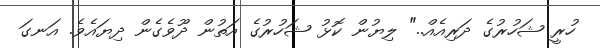
ހުރީ ޝަހުރުގެ ދަރިއެއް.." ލިޔުން ކޮޅު ޝަހުރުގެ އަތުން ދޫވެގެން ދިޔައެވެ. އަނގަ